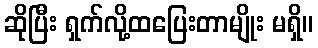
ဆိုပြီး ရှက်လို့ထပြေးတာမျိုး မရှိ။